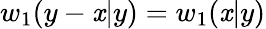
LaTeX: w_{1}(y-\mathit{x}|y)=w_{1}(\mathit{x}|y)